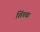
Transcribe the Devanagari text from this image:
शिंगबा